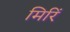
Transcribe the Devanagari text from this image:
मिरिं